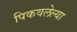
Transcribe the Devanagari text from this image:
पिकवलेल्या